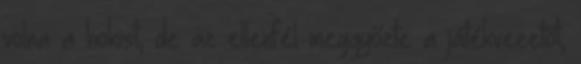
volna a hokist, de az ellenfél meggyőzte a játékvezetőt,